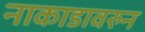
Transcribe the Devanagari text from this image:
नाकाडावरुन